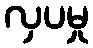
လှပမှု